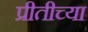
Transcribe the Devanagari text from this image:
प्रीतीच्या